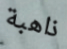
ذاهبة